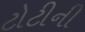
ટોટીની